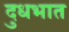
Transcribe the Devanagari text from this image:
दुधभात